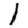
Digit: 1